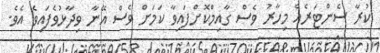
ކުރާ ސެންޓަރެއް މިހާރު ވެސް ގާއިމްކޮށްފައިވާ ކަމަށް ވެސް އޭނާ ވިދާޅުވެފައިވެ އެވެ.